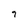
Character: 9